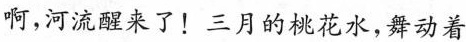
啊，河流醒来了！三月的桃花水，舞动着